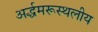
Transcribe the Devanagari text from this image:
अर्द्धमरूस्थलीय